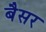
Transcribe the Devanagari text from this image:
बैसर